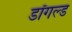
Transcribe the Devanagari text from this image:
डॉगल्ड